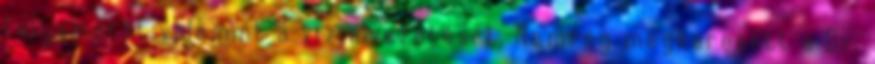
folyamatát valamint a víz elvezetését. Nemrég megkeresett a Dr.